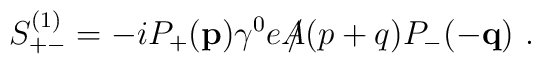
S_{+-}^{(1)}=-iP_{+}({\bf p})\gamma^0e\,\slash\!\!\!\!A(p+q)P_{-}(-{\bf q})\,\,.